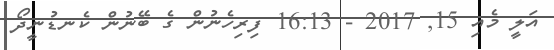
އަލީ މެއި 15